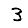
Digit: 3